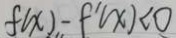
f ( x ) - f ^ { \prime } ( x ) < 0